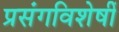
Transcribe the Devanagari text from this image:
प्रसंगविशेषीं